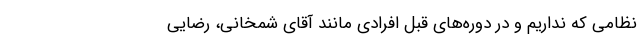
نظامی که نداریم و در دوره‌های قبل افرادی مانند آقای شمخانی، رضایی